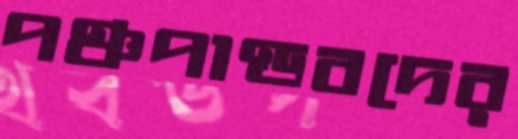
পঞ্চপাণ্ডবদের